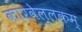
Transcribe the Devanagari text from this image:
कारवेल्लकम्‌